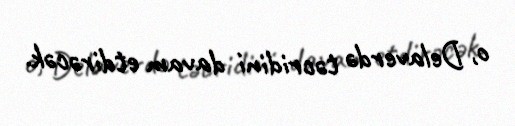
o, Delaverdə təcridini davam etdirəcək.